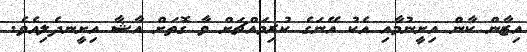
އިޒާން ކާން އިށީނުމާއި އެކު އޭނަގެ ކުރިމައްޗަށް ވާ ގޮތަށް އާޝާ އިށީނދެލިއެވެ.